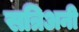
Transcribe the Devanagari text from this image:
सत्रिअनी